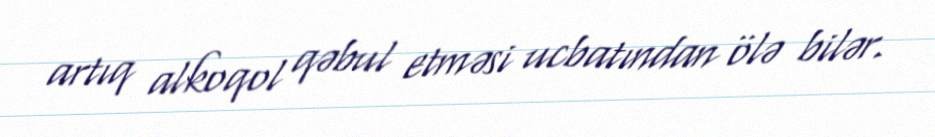
artıq alkoqol qəbul etməsi ucbatından ölə bilər.